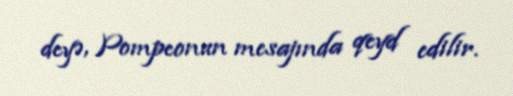
deyə, Pompeonun mesajında qeyd edilir.